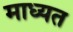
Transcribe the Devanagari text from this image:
माध्यत